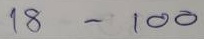
18 -100